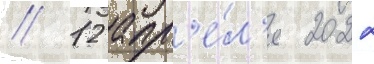
// 12 апр'е́л'я 2022